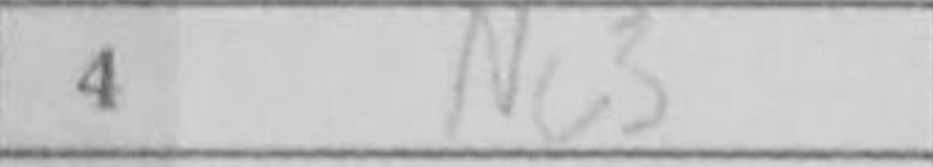
Transcription: Nc3